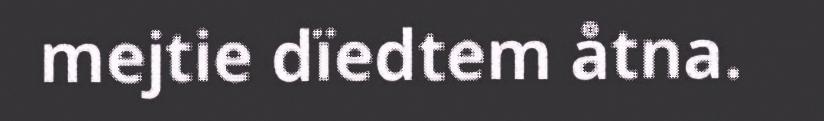
mejtie dïedtem åtna.